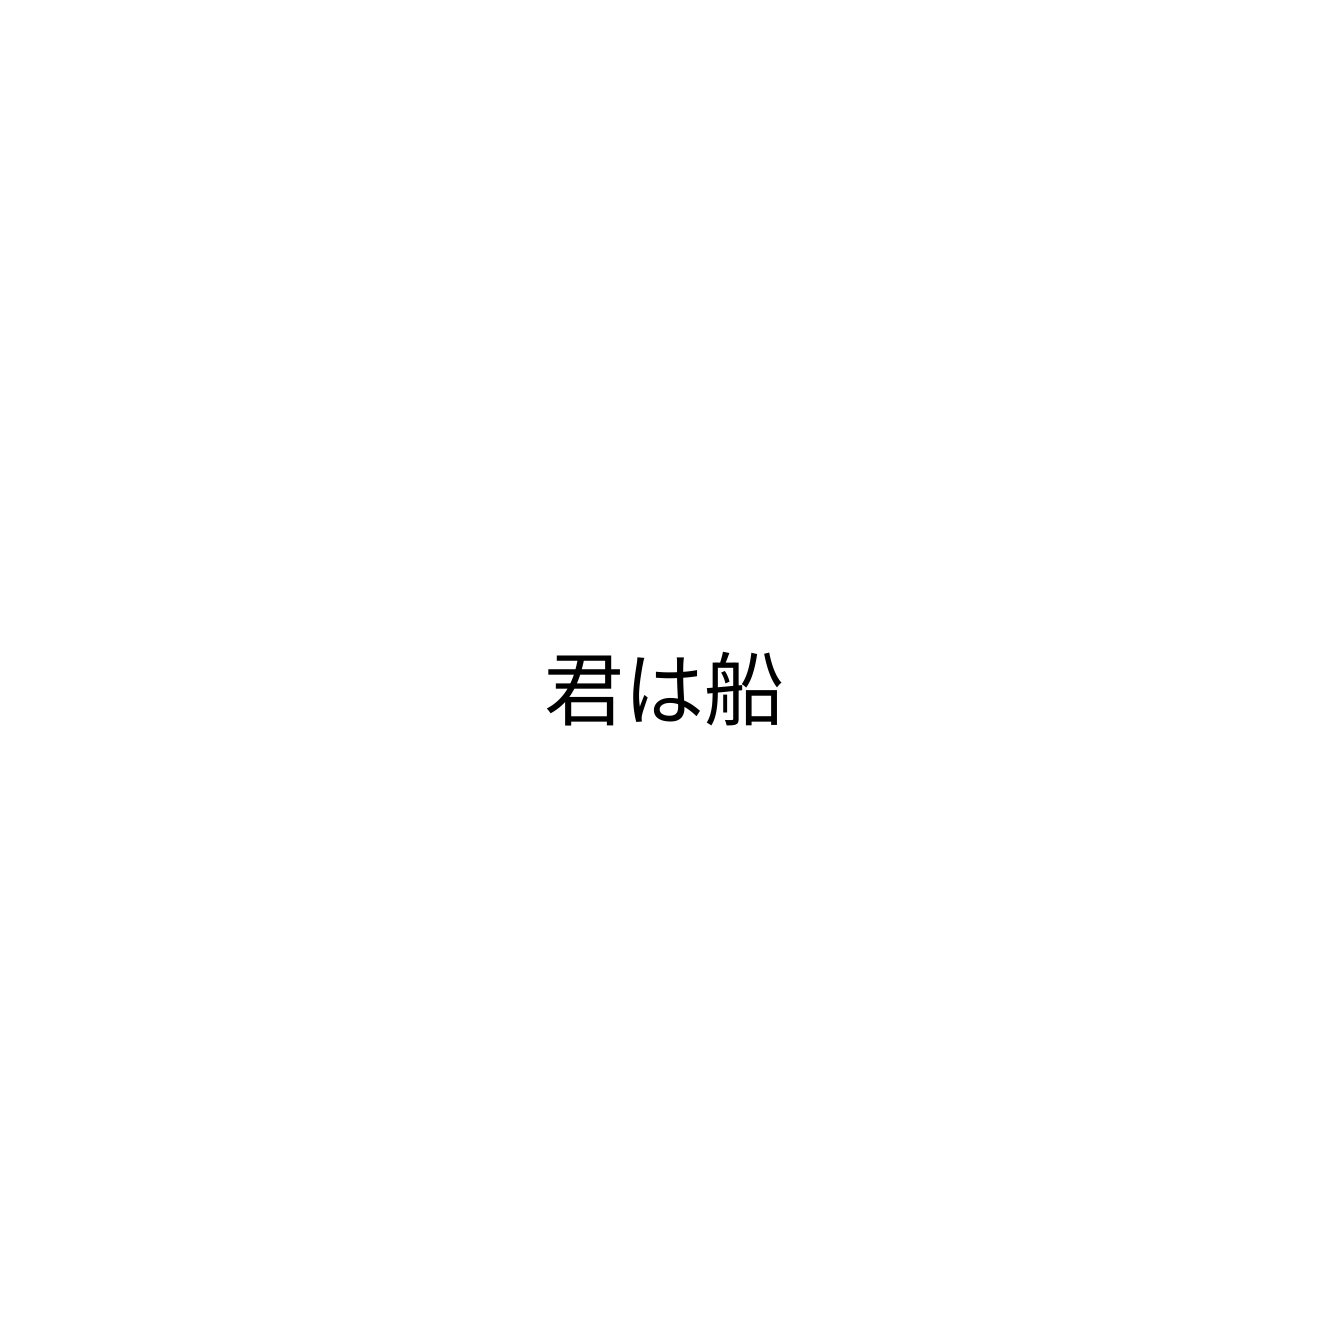
君は船